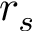
r _ { s }